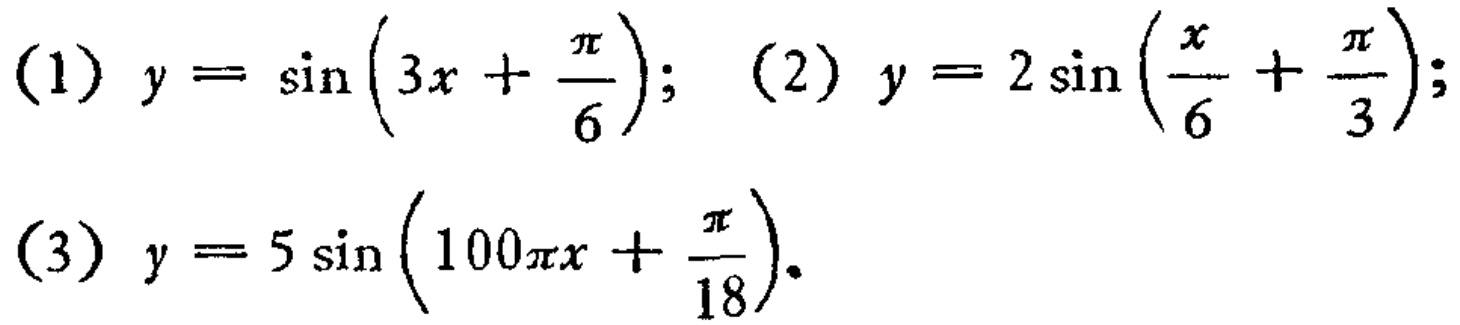
(1) \(y = \sin\left(3x+\frac{\pi}{6}\right)\); (2) \(y = 2\sin\left(\frac{x}{6}+\frac{\pi}{3}\right)\); (3) \(y = 5\sin\left(100\pi x+\frac{\pi}{18}\right)\)